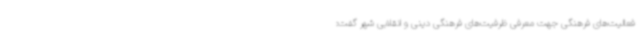
فعالیت‌های فرهنگی جهت معرفی ظرفیت‌های فرهنگی دینی و انقلابی شهر گفت: